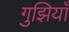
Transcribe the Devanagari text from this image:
गुझियाँ